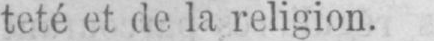
teté et de la religion.